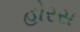
હોરસ